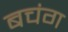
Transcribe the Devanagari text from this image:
बचंग